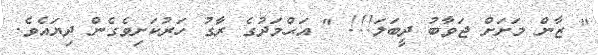
" ޒާން މަށަށް ޖަވާބު ދީބަލަ!!! " އަޙްމަދުގެ ރާގު ހަރުކަށިވެގެން ދިޔައެވެ.